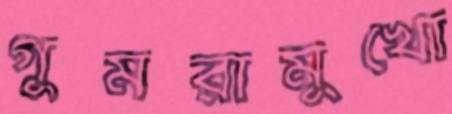
গুমরামুখো